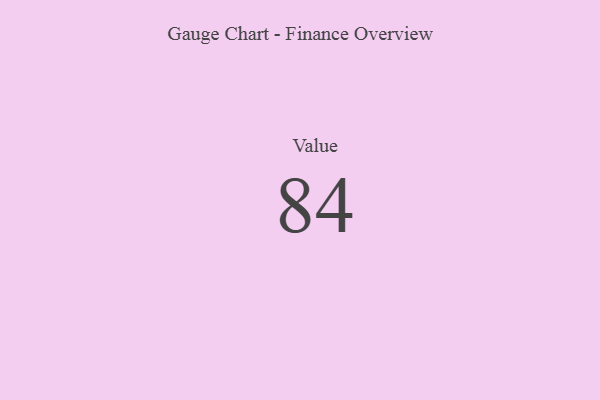
{"axis": {"x": "Metric", "y": "Value"}, "legend": [""], "data": [{"x": "Value", "y": 84, "type": ""}]}